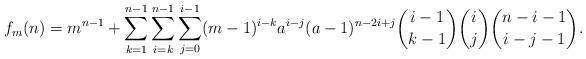
LaTeX: \begin{gather*}f_m(n)=m^{n-1}+\sum_{k=1}^{n-1}\sum_{i=k}^{n-1}\sum_{j=0}^{i-1}(m-1)^{i-k}a^{i-j}(a-1)^{n-2i+j}{i-1\choose k-1}{i\choose j}{n-i-1\choose i-j-1}.\end{gather*}